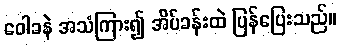
ဝေါခနဲ အသံကြား၍ အိပ်ခန်းထဲ ပြန်ပြေးသည်။